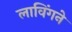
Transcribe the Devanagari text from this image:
लाविंगने